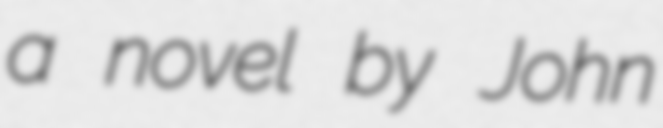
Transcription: a novel by John